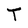
Character: T